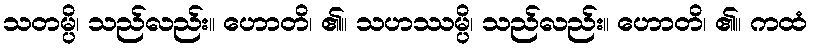
သတမ္ပိ၊ သည်လည်း။ ဟောတိ၊ ၏။ သဟဿမ္ပိ၊ သည်လည်း။ ဟောတိ၊ ၏။ ကထံ